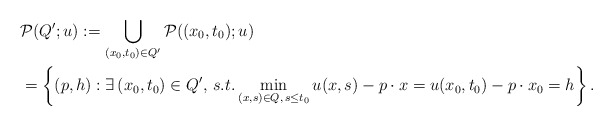
\begin{align*}&\mathcal{P}(Q'; u):=\bigcup_{(x_{0},t_{0})\in Q'} \mathcal{P}((x_{0}, t_{0}); u)\\&= \left\{(p,h): \exists\,(x_{0},t_{0})\in Q',\,s.t. \min_{(x,s)\in Q,\,s\leq t_{0}} u(x,s)-p\cdot x=u(x_{0}, t_{0})-p\cdot x_{0}=h\right\}.\end{align*}